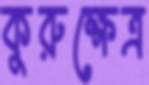
কুরুক্ষেত্র